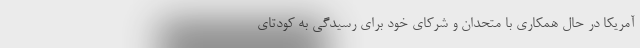
آمریکا در حال همکاری با متحدان و شرکای خود برای رسیدگی به کودتای